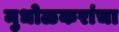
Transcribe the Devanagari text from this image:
मुधोळकरांचा